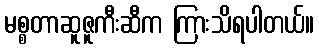
မစ္စတာဆူဇူကီးဆီက ကြားသိရပါတယ်။